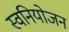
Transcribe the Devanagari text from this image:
स्वनियोजन